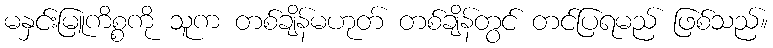
မနှင်းမြူကိစ္စကို သူက တစ်ချိန်မဟုတ် တစ်ချိန်တွင် တင်ပြရမည် ဖြစ်သည်။